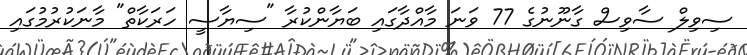
ސިވިލް ސާވިސް ގާނޫނުގެ 77 ވަނަ މާއްދާގައި ބަޔާންކުރާ "ސިޔާސީ ހަރަކާތް" މާނަކުރުމުގައި